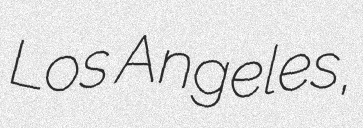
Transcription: Los Angeles,